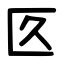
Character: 匛